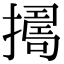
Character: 𢶈